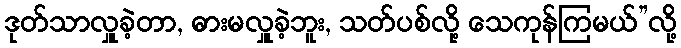
ဒုတ်သာလှူခဲ့တာ, ဓားမလှူခဲ့ဘူး, သတ်ပစ်လို့ သေကုန်ကြမယ်”လို့